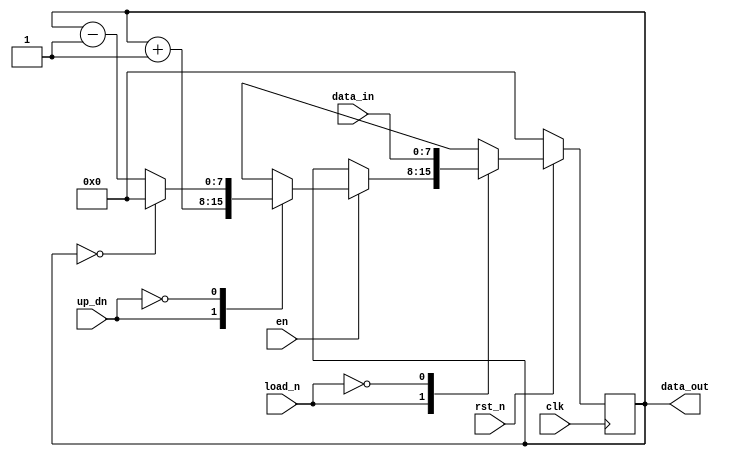
//***************************************************************************//
//***************************************************************************//
//***************************************************************************//
//**************                                          *******************//
//**************                                          *******************//
//**************      (c) SASIC Technologies Pvt Ltd      *******************//
//**************          (c) Verilogic Solutions         *******************//
//**************                                          *******************//
//**************                                          *******************//
//**************                                          *******************//
//**************           www.sasictek.com               *******************//
//**************          www.verilog-ic.com              *******************//
//**************                                          *******************//
//**************           Twitter:@sasictek              *******************//
//**************                                          *******************//
//**************                                          *******************//
//**************                                          *******************//
//***************************************************************************//
//***************************************************************************//


//              File Type: Verilog                                 

                             
//***************************************************************************//
//***************************************************************************//
                             

//              Author:
//              Reviewer:
//              Manager:
                             

//***************************************************************************//
//***************************************************************************//
//
`define WIDTH 8
module up_down_counter #(parameter WIDTH=8)
											(input clk,
											 input rst_n,
										 	 input en,
											 input load_n,
										 	 input up_dn,
										 	 input [`WIDTH-1:0]data_in,
										 	 output reg[`WIDTH-1:0]data_out);
	always @(posedge clk)
		begin//:always_blocks
			if(!rst_n)
				begin//:reset_block
					data_out<=1'b0;
				end//:end_reset
			else
				begin:else_blk
					case(load_n)								//load_case{
						1'b1:
								case(en)            //case_enable {
									1'b1:
										case(up_dn)			//updn_case {
											1'b1:
												begin:up_dn1_blk
													data_out<=data_out+1'b1;
												end	//up_dn1_blk
											1'b0:
												begin:up_dn0_blk
													if(data_out == 1'b0)
														begin:dn_least
															data_out<=1'b0;
														end	//dn_least
														else
															begin:data_out_not0
																data_out<=data_out-1'b1;
															end	//data_out_not0
															//default logic?
												end	//up_dn0_blk
											default:
												begin:default_blk
													data_out<=data_out;
												end	//default_blk
										endcase	//updn_case }
									default:
										begin:def_blk
											data_out<=data_out;
										end	//def_blk
									endcase		//case_enable }
						1'b0:
							begin:en0_blk
								data_out<=data_in;
							end	//en0_blk
						default:
							begin:load_default_blk
							data_out<=data_out;
							end	//load_default_blk
					endcase								//load_case}
															//default logic?
				end
			end
	 endmodule